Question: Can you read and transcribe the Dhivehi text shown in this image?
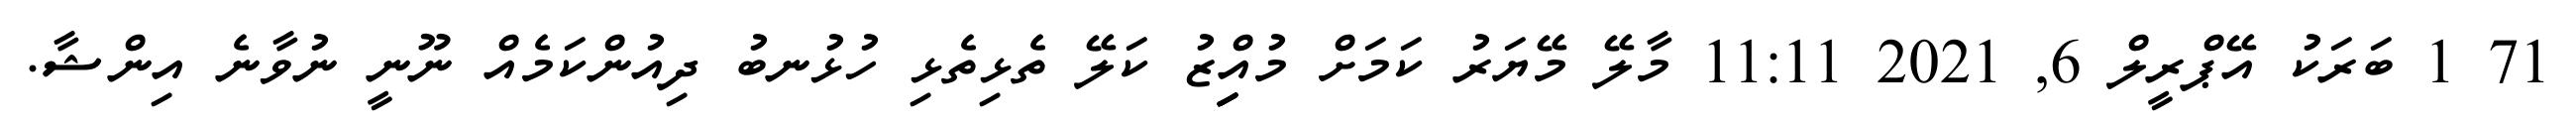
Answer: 71 1 ބަރަކު އޭޕްރީލް 6, 2021 11:11 މާލޭ މޭޔަރު ކަމަށް މުއިިިިިްޒު ކަލޭ ތެޅިތެޅި ހުޅުނބު ދިއުންކަމެއް ނޫނީ ނުވާނެ އިންޝާ.